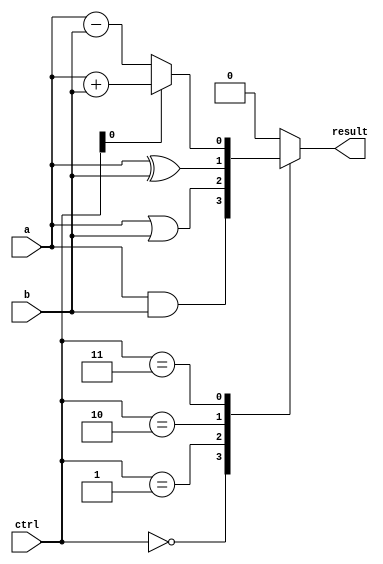
module ALU_1bit (
    input wire a,
    input wire b,
    input wire [2:0] ctrl,
    output reg result
);

wire and_out, or_out, xor_out, add_sub_out;

assign and_out = a & b;
assign or_out = a | b;
assign xor_out = a ^ b;
assign add_sub_out = (ctrl[0] == 1) ? (a + b) : (a - b);

always @(*) begin
    case(ctrl)
        3'b000: result = and_out;
        3'b001: result = or_out;
        3'b010: result = xor_out;
        3'b011: result = add_sub_out;
        default: result = 1'b0;
    endcase
end

endmodule